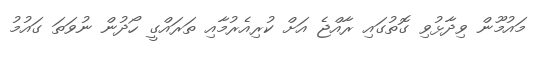
މައުމޫން ވިދާޅުވި ގޮތުގައި ރާއްޖެ އަށް ކުރިއެރުމާއި ތަރައްގީ ހޯދުން ނުވަތަ ގައުމު